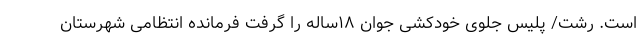
است. رشت/ پلیس جلوی خودکشی جوان ۱۸ساله را گرفت فرمانده انتظامی شهرستان